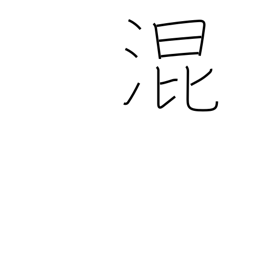
Meaning: mix